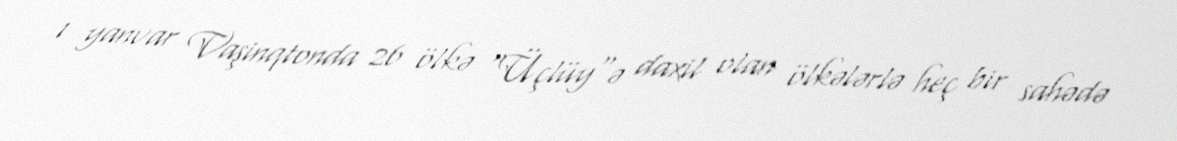
1 yanvar Vaşinqtonda 26 ölkə "Üçlüy"ə daxil olan ölkələrlə heç bir sahədə